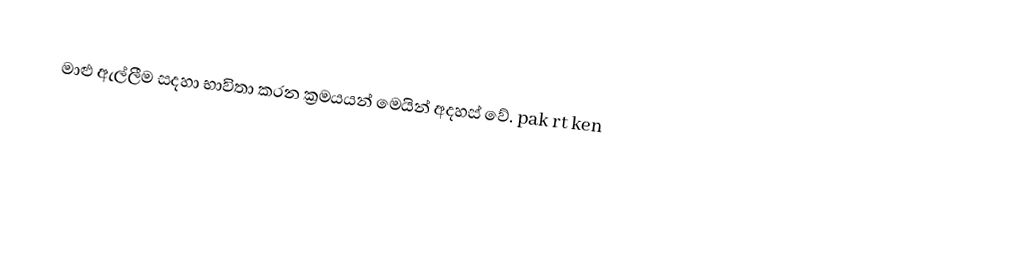
මාළු ඇල්ලීම සදහා භාවිතා කරන ක්‍රමයයන් මෙයින් අදහස් වේ. pak  rt ken